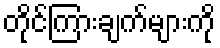
တိုင်ကြားချက်များကို